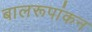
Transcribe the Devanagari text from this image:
बालरूपांकन